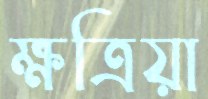
ক্ষত্রিয়া